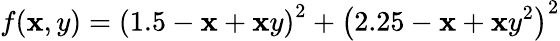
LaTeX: f(\mathbf{x},y)=\left(1.5-\mathbf{x}+\mathbf{x}y\right)^{2}+\left(2.25-\mathbf{x}+\mathbf{x}y^{2}\right)^{2}